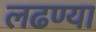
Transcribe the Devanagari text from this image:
लढण्या